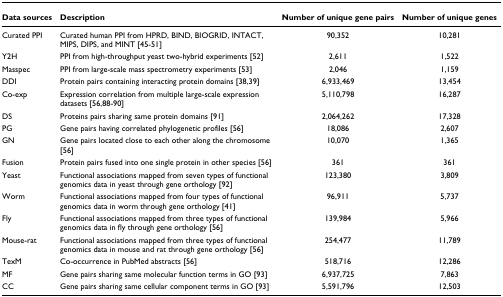
<table><thead><tr><td><b>Data sources</b></td><td><b>Description</b></td><td><b>Number of unique gene pairs</b></td><td><b>Number of unique genes</b></td></tr></thead><tbody><tr><td>Curated PPI</td><td>Curated human PPI from HPRD, BIND, BIOGRID, INTACT, MIPS, DIPS, and MINT [45-51]</td><td>90,352</td><td>10,281</td></tr><tr><td>Y2H</td><td>PPI from high-throughput yeast two-hybrid experiments [52]</td><td>2,611</td><td>1,522</td></tr><tr><td>Masspec</td><td>PPI from large-scale mass spectrometry experiments [53]</td><td>2,046</td><td>1,159</td></tr><tr><td>DDI</td><td>Protein pairs containing interacting protein domains [38,39]</td><td>6,933,469</td><td>13,454</td></tr><tr><td>Co-exp</td><td>Expression correlation from multiple large-scale expression datasets [56,88-90]</td><td>5,110,798</td><td>16,287</td></tr><tr><td>DS</td><td>Proteins pairs sharing same protein domains [91]</td><td>2,064,262</td><td>17,328</td></tr><tr><td>PG</td><td>Gene pairs having correlated phylogenetic profiles [56]</td><td>18,086</td><td>2,607</td></tr><tr><td>GN</td><td>Gene pairs located close to each other along the chromosome [56]</td><td>10,070</td><td>1,365</td></tr><tr><td>Fusion</td><td>Protein pairs fused into one single protein in other species [56]</td><td>361</td><td>361</td></tr><tr><td>Yeast</td><td>Functional associations mapped from seven types of functional genomics data in yeast through gene orthology [92]</td><td>123,380</td><td>3,809</td></tr><tr><td>Worm</td><td>Functional associations mapped from four types of functional genomics data in worm through gene orthology [41]</td><td>96,911</td><td>5,737</td></tr><tr><td>Fly</td><td>Functional associations mapped from three types of functional genomics data in fly through gene orthology [56]</td><td>139,984</td><td>5,966</td></tr><tr><td>Mouse-rat</td><td>Functional associations mapped from three types of functional genomics data in mouse and rat through gene orthology [56]</td><td>254,477</td><td>11,789</td></tr><tr><td>TexM</td><td>Co-occurrence in PubMed abstracts [56]</td><td>518,716</td><td>12,286</td></tr><tr><td>MF</td><td>Gene pairs sharing same molecular function terms in GO [93]</td><td>6,937,725</td><td>7,863</td></tr><tr><td>CC</td><td>Gene pairs sharing same cellular component terms in GO [93]</td><td>5,591,796</td><td>12,503</td></tr></tbody></table>